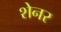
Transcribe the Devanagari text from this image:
शेनर